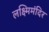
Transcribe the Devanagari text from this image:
लक्ष्मिमंदिर